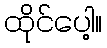
ထိုင်ပေါ့။